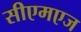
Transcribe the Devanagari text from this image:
सीएमएज